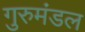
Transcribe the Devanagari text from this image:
गुरुमंडल